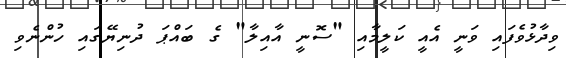
ވިދާޅުވެފައި ވަނީ އެއީ ކަލީމާއި "ސޮނީ އާއިލާ" ގެ ބައްޕަ ދުނިޔޭގައި ހުންނެވި